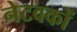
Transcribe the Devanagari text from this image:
नेटवकों